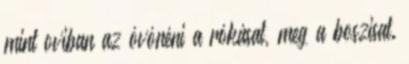
mint oviban az óvónéni a rókásat, meg a boszisat.